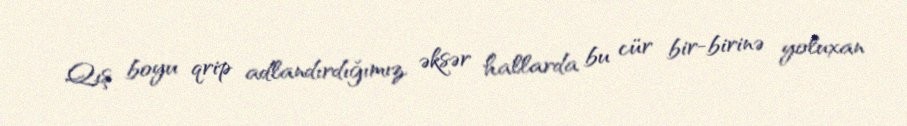
Qış boyu qrip adlandırdığımız, əksər hallarda bu cür bir-birinə yoluxan